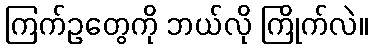
ကြက်ဥတွေကို ဘယ်လို ကြိုက်လဲ။